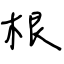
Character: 根